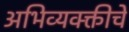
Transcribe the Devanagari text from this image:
अभिव्यक्क्तीचे